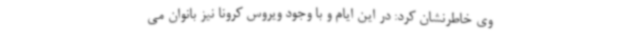
وی خاطرنشان کرد: در این ایام و با وجود ویروس کرونا نیز بانوان می‌